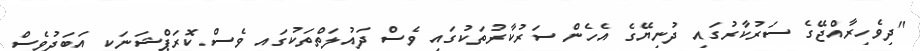
"ދިވެހިރާއްޖޭގެ ސަރުކާރުގައި ދުނިޔޭގެ އެހެން ސަރުކާރުތަކުގައި ވެސް ދައުލަތްތަކުގައި ވެސް ކޮރަޕްޝަނަކީ އަބަދުވެސް